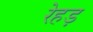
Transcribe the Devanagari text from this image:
रेहड़